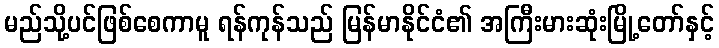
မည်သို့ပင်ဖြစ်စေကာမူ ရန်ကုန်သည် မြန်မာနိုင်ငံ၏ အကြီးမားဆုံးမြို့တော်နှင့်